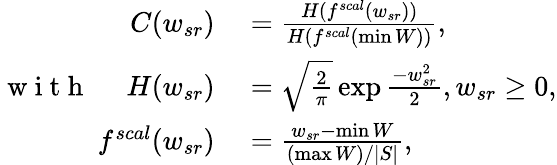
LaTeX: \begin{array}{rl}{C(w_{sr})}&{{}=\frac{H(f^{scal}(w_{sr}))}{H(f^{scal}(\operatorname*{min}W))},}\\ {\mathrm{~w~i~t~h~}\quad\; H(w_{sr})}&{{}=\sqrt{\frac{2}{\pi}}\exp{\frac{-w_{sr}^{2}}{2}},w_{sr}\geq 0,}\\ {f^{scal}(w_{sr})}&{{}=\frac{w_{sr}-\operatorname*{min}W}{(\operatorname*{max}W)/|S|},}\end{array}